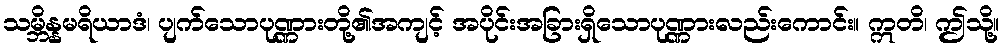
သမ္ဘိန္နမရိယာဒံ၊ ပျက်သောပုဏ္ဏားတို့၏အကျင့် အပိုင်းအခြားရှိသောပုဏ္ဏားလည်းကောင်း။ ဣတိ၊ ဤသို့။